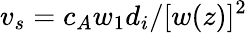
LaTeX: v_{s}=c_{A}w_{1}d_{i}/[w(z)]^{2}